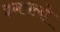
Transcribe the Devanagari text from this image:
इनफ्लो